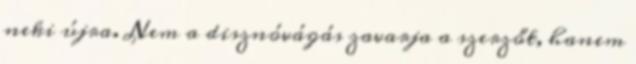
neki újra. Nem a disznóvágás zavarja a szerzőt, hanem